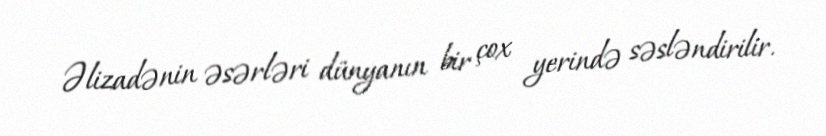
Əlizadənin əsərləri dünyanın bir çox yerində səsləndirilir.